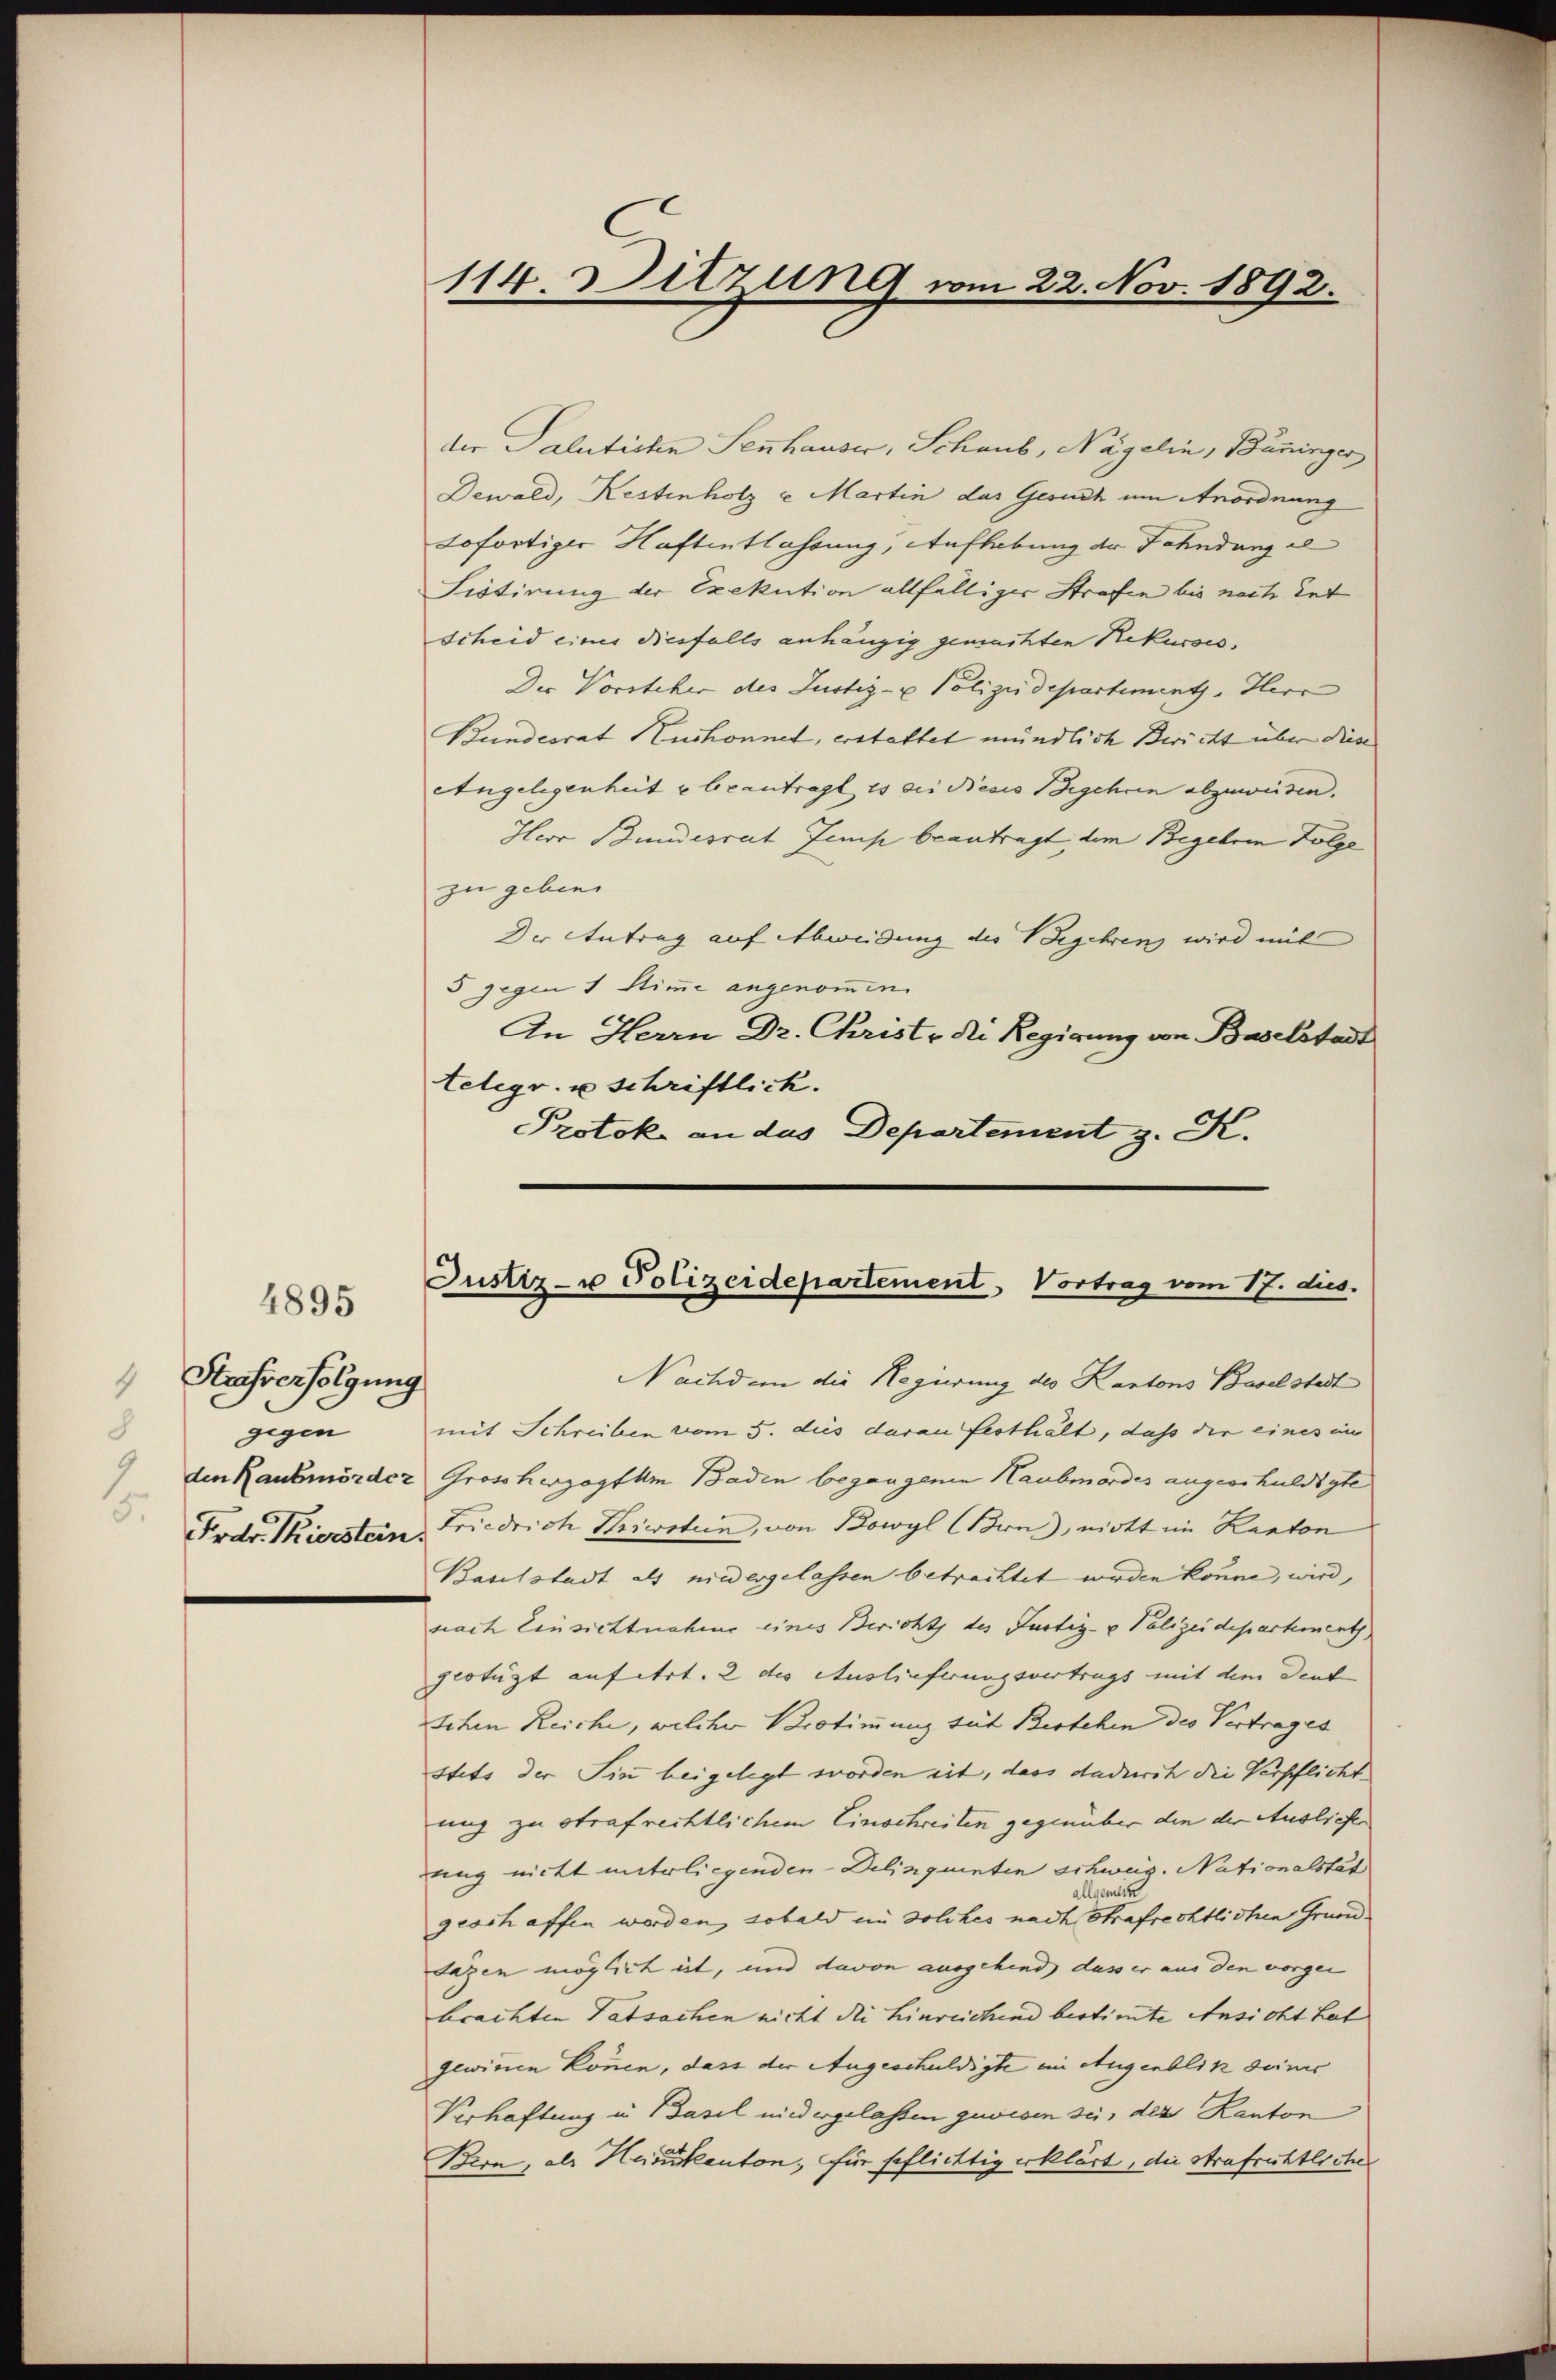
4895

Kaufverfolgung
8
gegen
15.

der Talntiche Sennhauser, Schaub, Nägelin, Baninger
Dewald, Restenholz u. Martin das Gesuch um Anordnung
sofortiger Haftentlassung, Aufhebung der Fahndung al
Sistirung der Exekution allfälliger Strafen bis nach Ent
Scheid eines diesfalls anhängig gemachten Rekurses,
Der Vorsteher des Justiz- u Polizeidepartementh. Herr
Bundesrat Huchonnet, erstattet mündlich Bericht über diese
Angelegenheit u beantragt es die Besis Begehren abzuweisen.
Herr Bundesrat Jes beantragt, dem Begehren Folge
zu geben
Der Antrag auf Abweidung des Begehren wird mit
5 gegen 1 Stimme angenommen.
An Herrn Dr. Christ die Regierung von Baselstadt
telegr. u schriftlich.
Protok an das Departement z. K.

114. Sitzung vom 22. Nov. 1892.

Justiz- u Polizeidepartement, Vortrag vom 17. dus.

Nachdem die Regierung des Kantons Baselstadt
mit Schreiben vom 5. dies daran festhält, dass die eines in
 den Raubmörder Großherzogtum Baden begangenen Haubmordes angeschuldigte
Frdv. Thierstein Friedrich Triestein, von Bowyl (Brns), nicht im Kanton
Baselstadt als niedergelassen betrachtet werden könne, wird,
nach Einsichtnahme eines Bericht des Justiz- & Polizeidepartement
glotüzt anfert. 2 des Auslieferungsvertrags mit dem deut
schen Reiche, welcher Bestimmung tut Bestehen des Vertrages
stets der Sin beigelegt worden eit, dass dadurch die Verpflicht
ung zu strafrechtlichem Einschreiten gegenüber den der Ausliefer
ung nicht unterliegenden Delinquenten schweig. Nationalstat
Allgemein
geost affen werden, sobald in solches nach Strafrechtlichen Grundtagen möglich ist, und davon ausgehend, dass er aus den vorgen
brachten Tatsachen nicht die hinreichend bestimte Ansicht hat
gewinnen können, dass der Augeschuldigte im Augenblik deiner
Verhaftung in Basel niedergelassen gewesen sei, der Kanton
Bern, als Hauskanton, für schlichtig erklärt, die Strafrichtliche